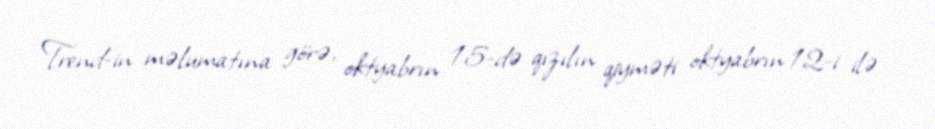
Trend-in məlumatına görə, oktyabrın 15-də qızılın qiyməti oktyabrın 12-i ilə